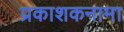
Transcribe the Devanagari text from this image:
प्रकाशकनामा